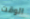
الوقت